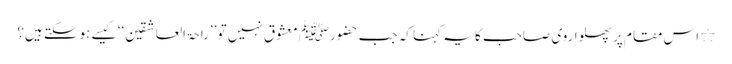
٭ اس مقام پر پھلواروی صاحب کا یہ کہنا کہ جب حضورﷺ معشوق نہیں تو ’’راحۃ العاشقین‘‘ کیسے ہوسکتے ہیں؟